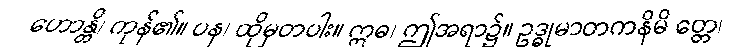
ဟောန္တိ၊ ကုန်၏။ ပန၊ ထိုမှတပါး။ ဣဓ၊ ဤအရာ၌။ ဥဒ္ဓုမာတကနိမိ တ္တေ၊